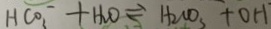
H C O _ { 3 } ^ { - } + H _ { 2 } O \rightleftharpoons H _ { 2 } O O _ { 3 } + O H